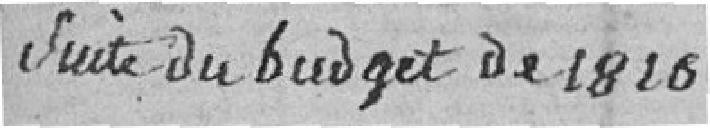
Suite du budget de 1816